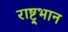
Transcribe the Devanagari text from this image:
राष्ट्र्भान